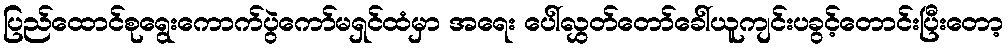
ပြည်ထောင်စုရွေးကောက်ပွဲကော်မရှင်ထံမှာ အရေး ပေါ်လွှတ်တော်ခေါ်ယူကျင်းပခွင့်တောင်းပြီးတော့